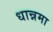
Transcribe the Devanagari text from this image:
धान्नमा